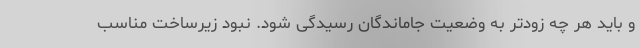
و باید هر چه زودتر به وضعیت جاماندگان رسیدگی شود. نبود زیرساخت مناسب